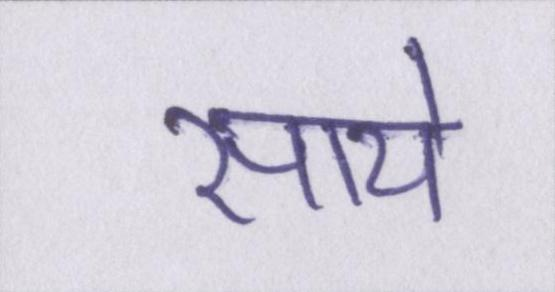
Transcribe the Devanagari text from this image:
साये